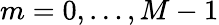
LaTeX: m=0,\ldots,M-1